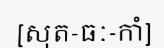
[សុត-ធៈ-កាំ]